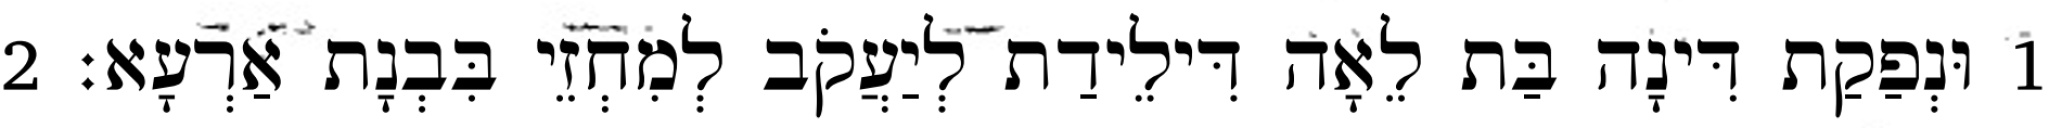
1 וּנְפַקַת דִּינָה בַּת לֵאָה דִּילֵידַת לְיַעֲקֹב לְמִחְזֵי בִּבְנָת אַרְעָא׃ 2